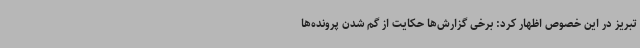
تبریز در این خصوص اظهار کرد: برخی گزارش‌ها حکایت از گم شدن پرونده‌ها